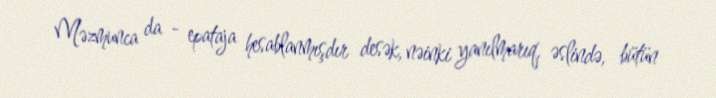
Məzmunca da - epataja hesablanmışdır desək, nəinki yanılmarıq, əslində, bütün